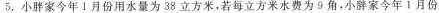
5.小胖家今年1月份用水量为38立方米，若每立方米水费为9角，小胖家今年1月份